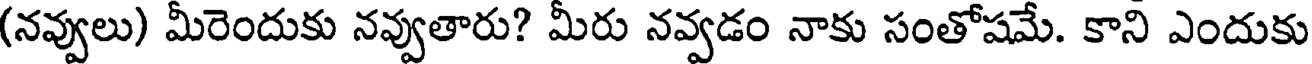
(నవ్వులు) మీరెందుకు నవ్వుతారు? మీరు నవ్వడం నాకు సంతోషమే. కాని ఎందుకు